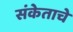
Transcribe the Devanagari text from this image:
संकेताचे